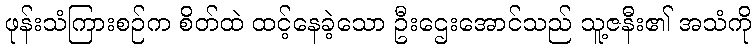
ဖုန်းသံကြားစဉ်က စိတ်ထဲ ထင့်နေခဲ့သော ဦးဌေးအောင်သည် သူ့ဇနီး၏ အသံကို